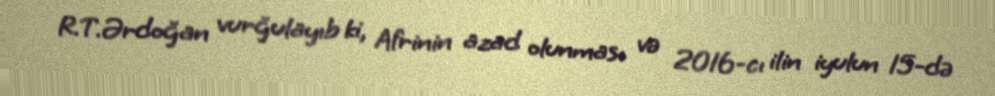
R.T.Ərdoğan vurğulayıb ki, Afrinin azad olunması və 2016-cı ilin iyulun 15-də